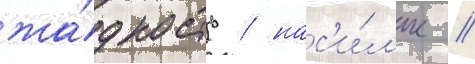
жа́дность / нас'и́л'ие /